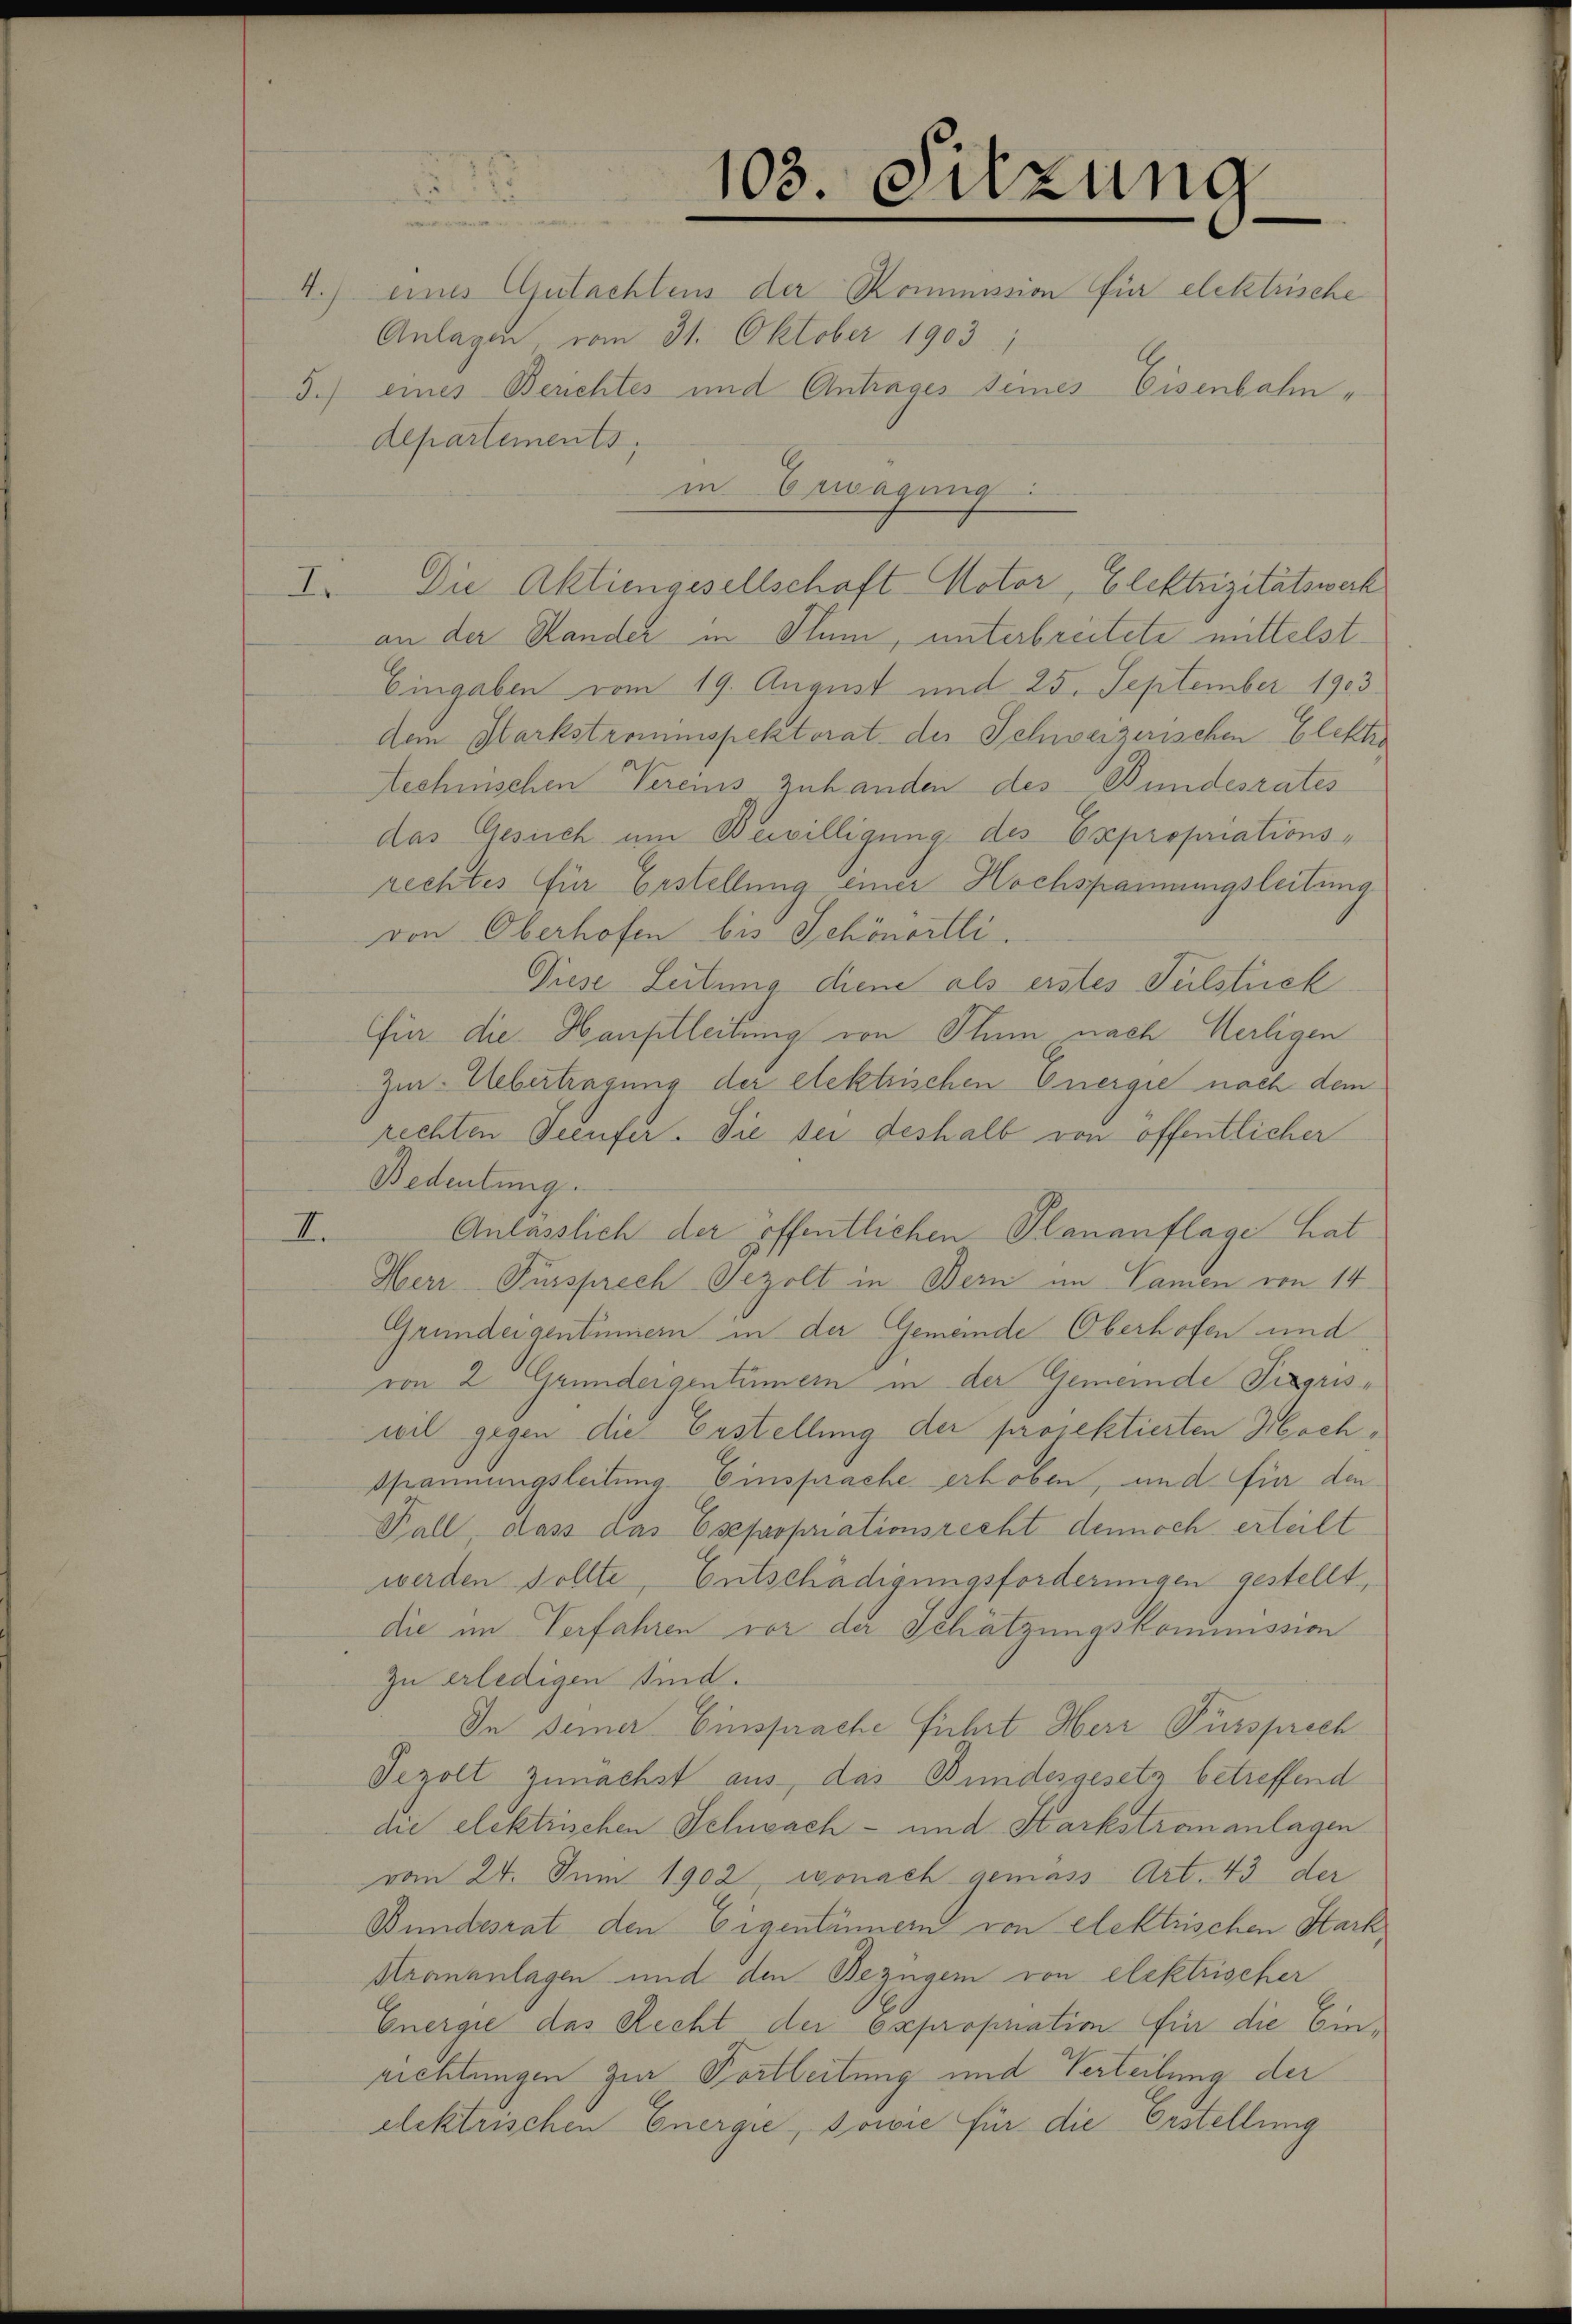
—

1

103. Sitzung

4.) eines Gutachtens der Kommission für elektrische
Anlagen vom 31. Oktober 1903;
5.) eines Berichtes und Antrages seines Eisenbahndepartements,
in Erwägung:
I. Die Aktiengesellschaft Motor, Elektrizitätswerk
an der Stander in Plum, unterbreitete mittelst¬
Eingaben vom 19. August und 25. September 1903
dem Markstrommspektorat der Schweizerischen Elektro
technischen Vereins zuhanden des Bundesrates
das Gesuch um Bewilligung des Expropriationsrechtes für Erstellung einer Hochspannungsleitung
von Oberhofen bis Schönertli.
Piese Leitung diene als erstes Sulstuck
für die Hauptleitung von Stum nach Wertigen
Zur Uebertragung der elektrischen Energie nach dem
rechten Seeufer. Sie sei deshalb von öffentlicher
Bedeutung.
Anlässlich der öffentlichen Plananflage hat
t
Herr Fürsprech Sezolt in Bern im Namen von 14
Gründeigentümern in der Gemeinde Oberhofen und
von 2 Grundeigentümern in der Gemeinde Pregriswil gegen die Erstellung der projektierten Hoch¬
Spannungsleitung. Einsprache erhoben, und für den
Fall, dass das Esepropriationsrecht dennoch erteilt
werden sollte, Entschädigungsforderungen gestellt,
die im Verfahren vor der Schätzungskommission
zu erledigen sind.
In seiner Einsprache führt Herr Fürsprech
Sezolt zunächst aus, das Bundesgesetz betreffend
die elektrischen Schwach- und Harkstrananlagen
vom 24. Juni 1902, wonach gemäss Art. 43 der
Bundesrat den Eigentümern von elektrischen Stark,
Krananlagen und den Bezüger von elektrischer
Energie das Recht der expropriation für die Einrichtungen zur Postleitung und Verteilung der
elektrischen Energie, sowie für die Erstellung